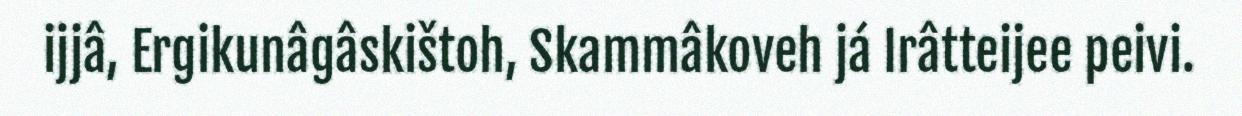
ijjâ, Ergikunâgâskištoh, Skammâkoveh já Irâtteijee peivi.